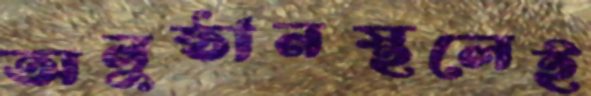
অনুষ্ঠানস্থলেই